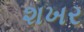
શખર